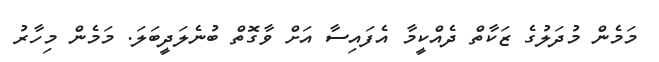
މަމެން މުދަލުގެ ޒަކާތް ދެއްކީމާ އެފައިސާ އަށް ވާގޮތް ބުނެލަދީބަލަ. މަމެން މިހާރު